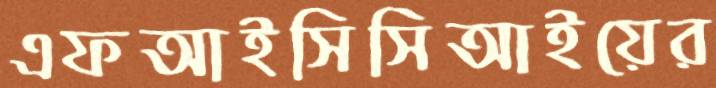
এফআইসিসিআইয়ের